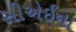
સીએઈના